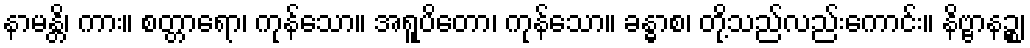
နာမန္တိ၊ ကား။ စတ္တာရော၊ ကုန်သော။ အရူပိတော၊ ကုန်သော။ ခန္ဓာစ၊ တို့သည်လည်းကောင်း။ နိဗ္ဗာနဉ္စ၊